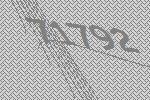
71792